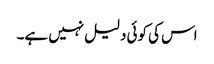
اس کی کوئی دلیل نہیں ہے۔